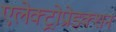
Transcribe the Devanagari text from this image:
एलेक्ट्रोप्रोडक्शन